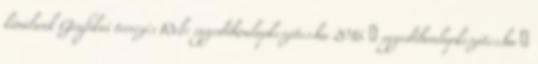
kínálunk Grafikai tervezés Web: egyedihonlapkeszites.hu 2016. ● egyedihonlapkeszites.hu ●